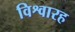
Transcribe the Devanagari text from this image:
विश्वारह